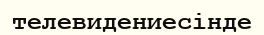
телевидениесінде